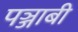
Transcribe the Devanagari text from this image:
पञ्जाबी